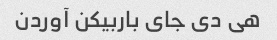
هی دی جای باربیکن آوردن